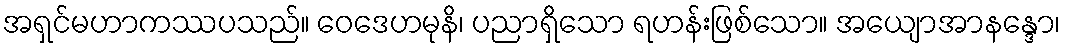
အရှင်မဟာကဿပသည်။ ဝေဒေဟမုနိ၊ ပညာရှိသော ရဟန်းဖြစ်သော။ အယျောအာနန္ဒော၊